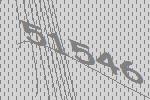
51546